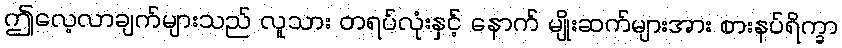
ဤလေ့လာချက်များသည် လူသား တရပ်လုံးနှင့် နောက် မျိုးဆက်များအား စားနပ်ရိက္ခာ